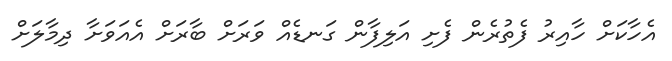
އެހާކަށް ހާއިރު ފެތުރެން ފެށި އަލިފާން ގަނޑެއް ވަރަށް ބާރަށް އެއަވަށާ ދިމާލަށް